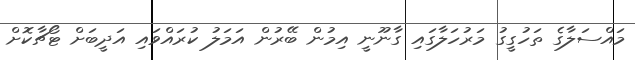
މައްސަލާގެ ތަހުގީގު މަރުހަލާގައި ގާނޫނީ އިމުން ބޭރުން އަމަލު ކުރައްވައި އަދީބަށް ޓޯޗާކޮށް